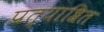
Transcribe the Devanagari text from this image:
प्रत्याश्रित